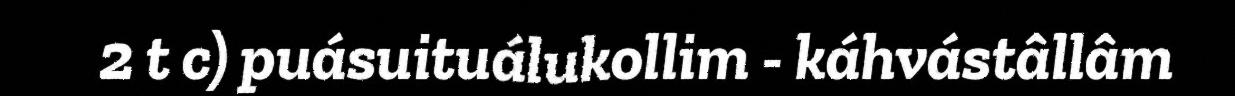
2 t c) puásuituálukollim - káhvástâllâm